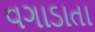
વગાડાતા